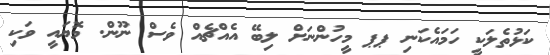
ކަޅުތެލަކީ ހަމައެކަނި ޕޕ މީހުންނަށް ލިބޭ އެއްޗެއް ވެސް ނޫން. މޮޔައީ ވަކި